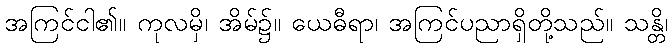
အကြင်ငါ၏။ ကုလမှိ၊ အိမ်၌။ ယေဓီရာ၊ အကြင်ပညာရှိတို့သည်။ သန္တိ၊